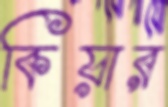
কিয়ার